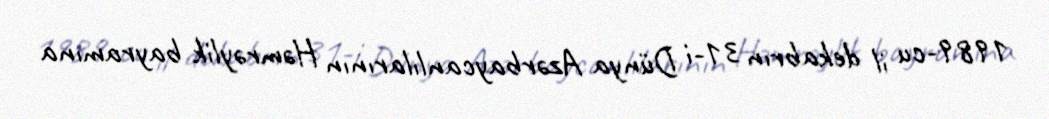
1989-cu il dekabrın 31-i Dünya Azərbaycanlılarının Həmrəylik bayramına